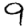
Digit: 9